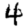
Digit: 4